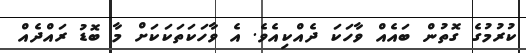
ކުރުމުގެ ގޮތުން ބައެއް ވާހަކަ ދެއްކިއެވެ. އެ ވާހަކަތަކަކަށް މާ ބޮޑު ރައްދެއް